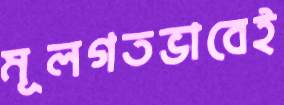
মূলগতভাবেই